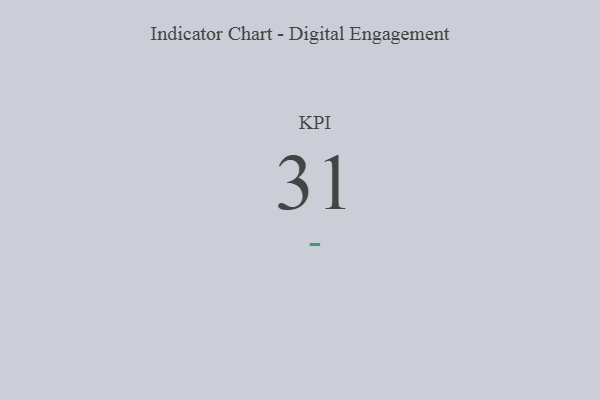
{"axis": {"x": "KPI", "y": "Value"}, "legend": [""], "data": [{"x": "KPI", "y": 31, "type": ""}]}